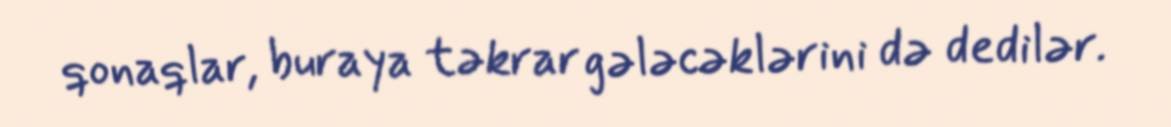
qonaqlar, buraya təkrar gələcəklərini də dedilər.